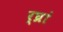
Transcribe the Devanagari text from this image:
र्घ्रां